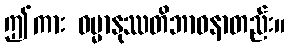
ဤကား ဓမ္မာနုဿတိဘာဝနာတည်း။